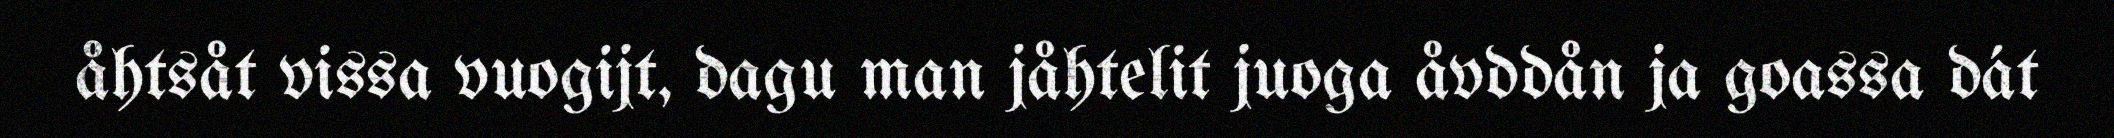
åhtsåt vissa vuogijt, dagu man jåhtelit juoga åvddån ja goassa dát